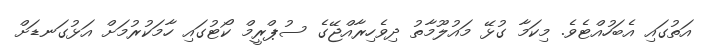
އަތުގައި އެބަހުއްޓެވެ. މިކަމާ ގުޅޭ މައުލޫމާތު ދިވެހިރާއްޖޭގެ ސުޕްރީމް ކޯޓުގައި ހާމަކުރުމަށް އަޅުގަނޑަށް